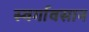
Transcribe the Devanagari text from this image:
स्वर्गावसान